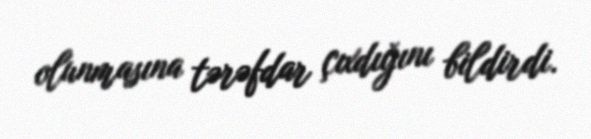
olunmasına tərəfdar çıxdığını bildirdi.